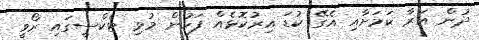
ދުން އަރާ ކަމަށާއި އެގޭ ކުޑަ އިރުކޮޅެއް ފަހުން މުޅި ޓެކްސީގައި ރޯވީ